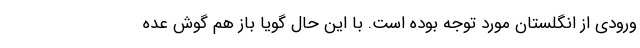
ورودی از انگلستان مورد توجه بوده است. با این حال گویا باز هم گوش عده